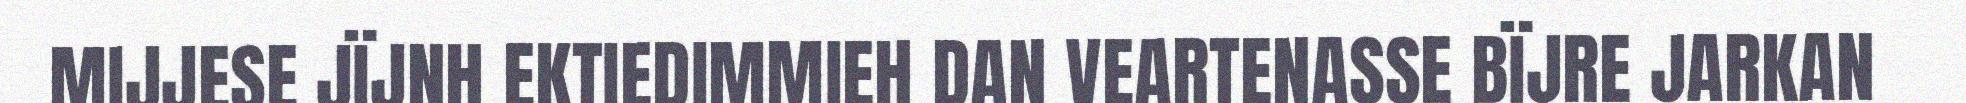
MIJJESE JÏJNH EKTIEDIMMIEH DAN VEARTENASSE BÏJRE JARKAN